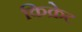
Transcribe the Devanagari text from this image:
किक्रेट